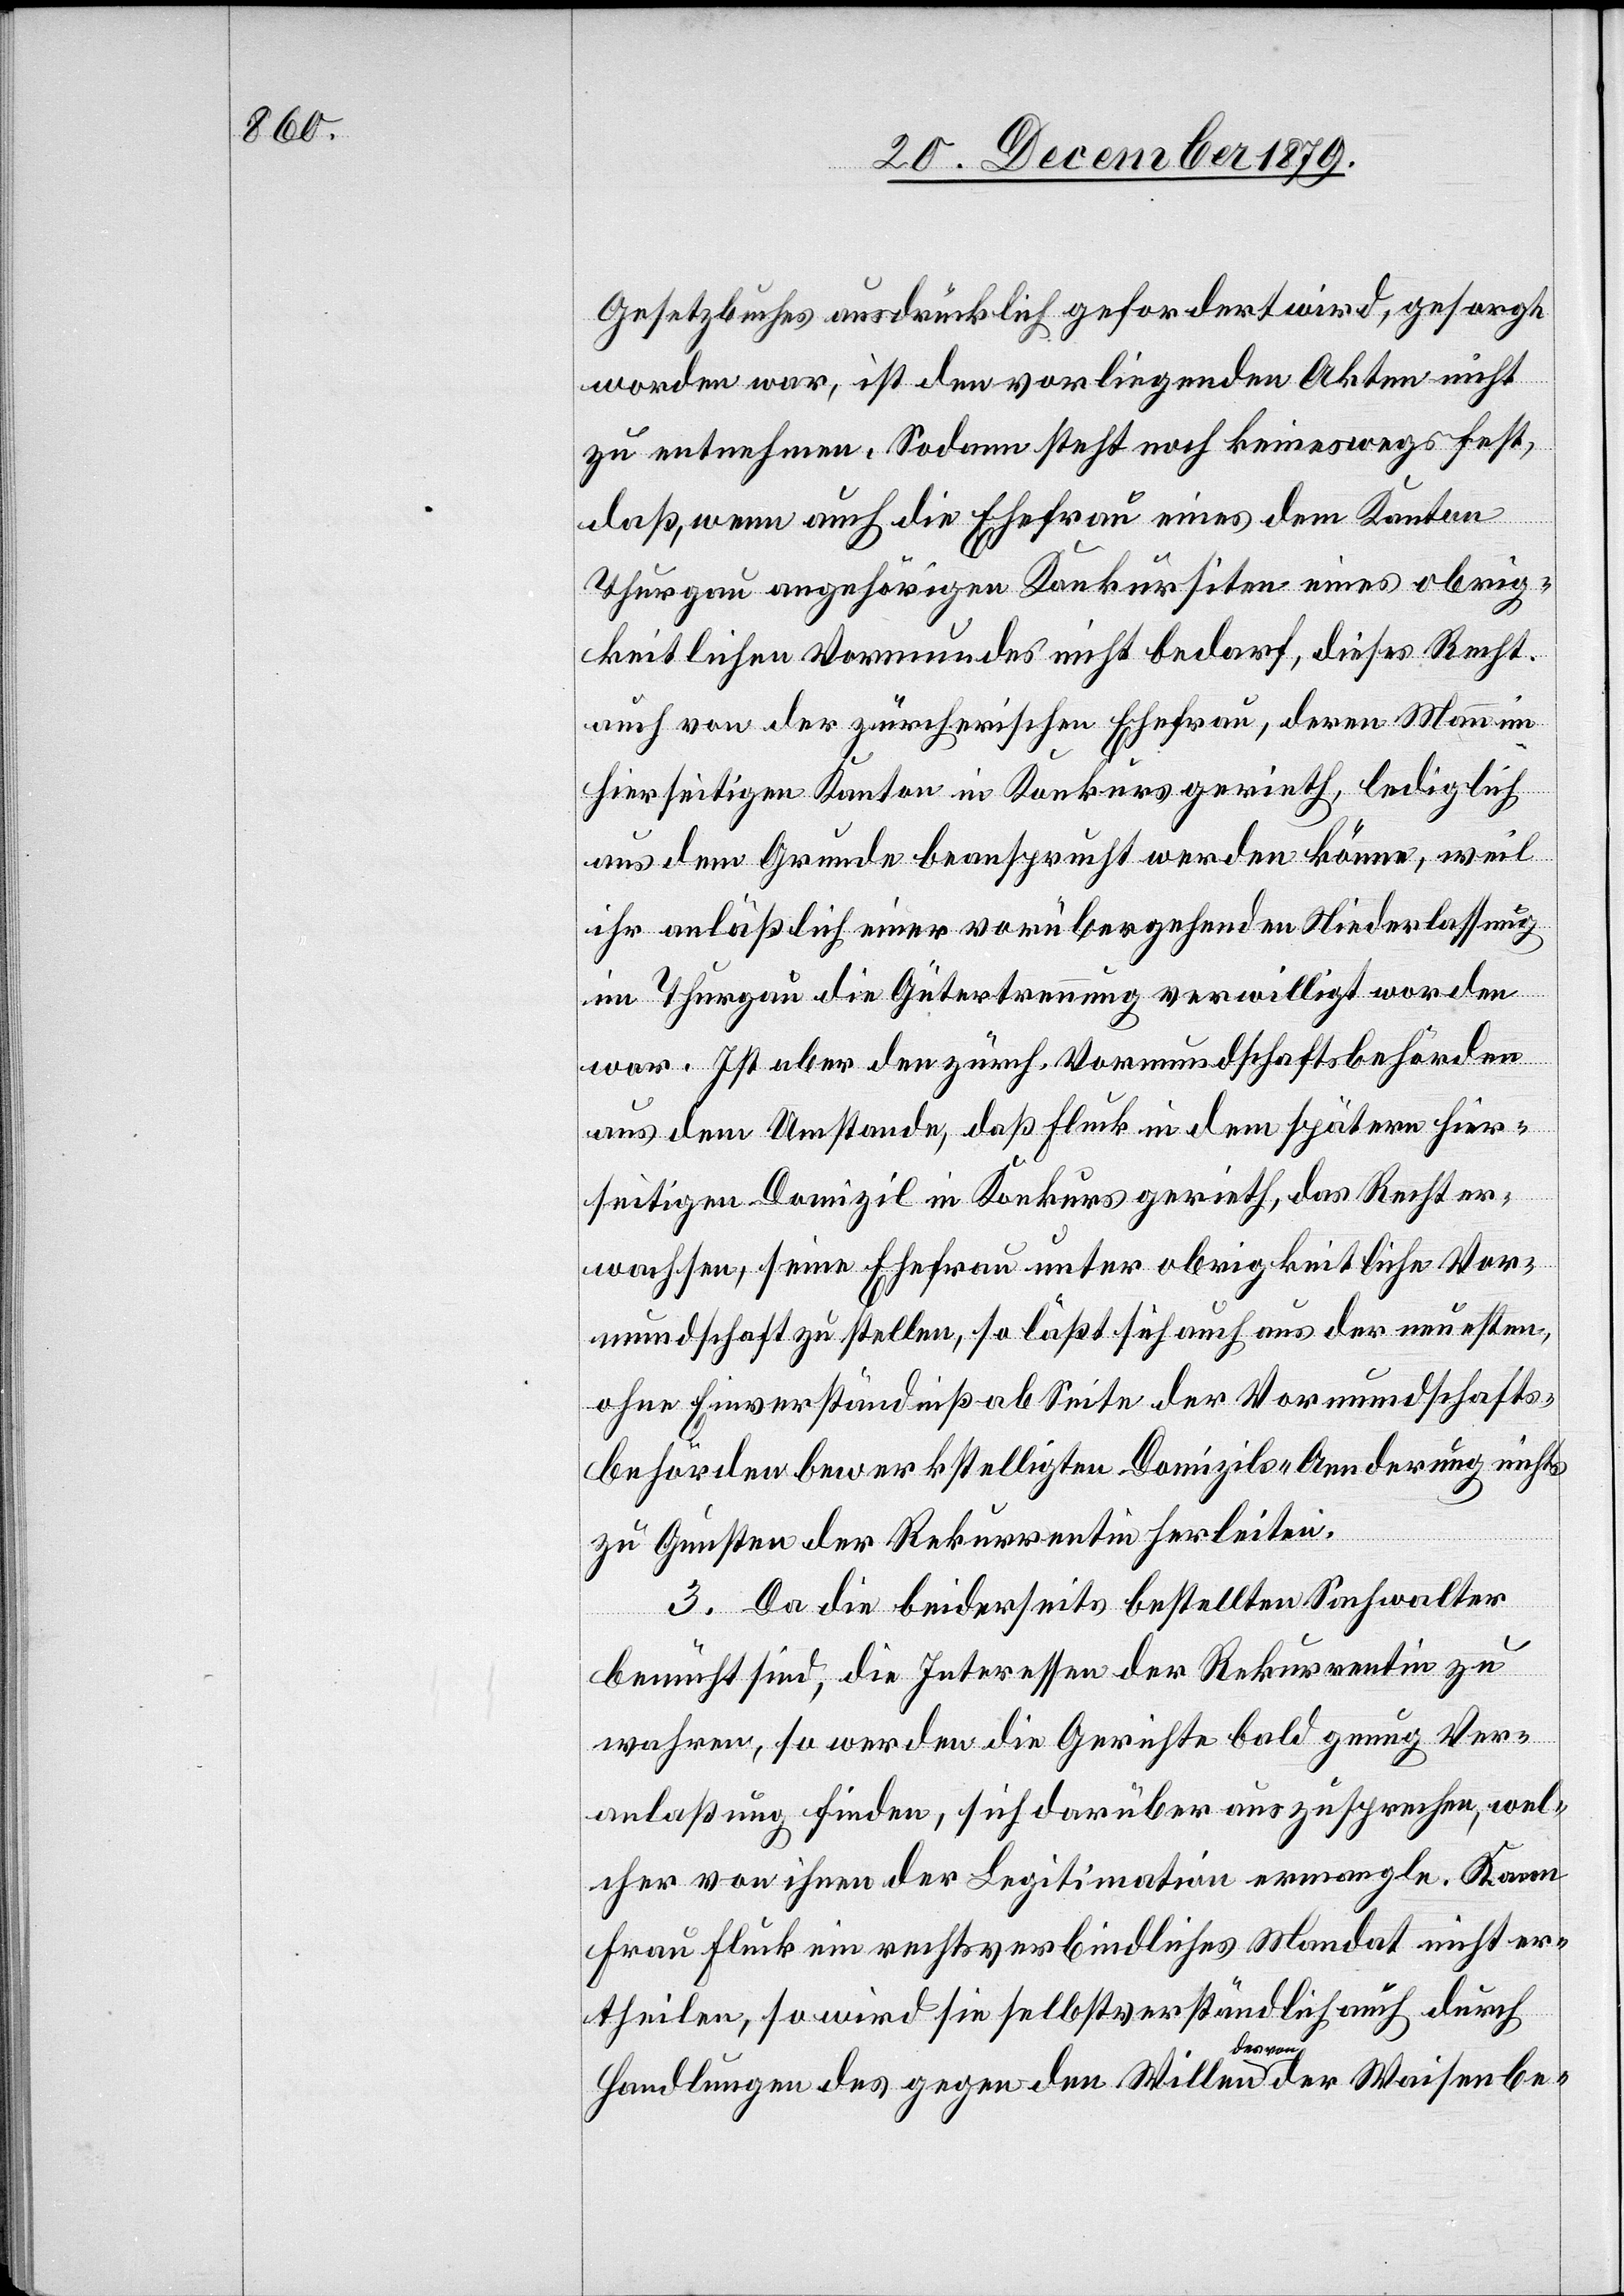
Gesetzbuches ausdrücklich gefordert wird, gesorgt
worden war, ist den vorliegenden Akten nicht
zu entnehmen. Sodann steht noch keineswegs fest,
daß, wenn auch die Ehefrau eines dem Kanton
Thurgau angehörigen Konkursiten eines obrig¬
keitlichen Vormundes nicht bedarf, dieses Recht
auch von der zürcherischen Ehefrau, deren Mann im
hierseitigen Kanton in Konkurs geriet, lediglich
aus dem Grunde beansprucht werden könne, weil
ihr anläßlich einer vorübergehenden Niederlassung
im Thurgau die Gütertrennung verwilligt worden
war. Ist aber den zürch. Vormundschaftsbehörden
aus dem Umstande, daß Fluck in dem spätern hier¬
seitigen Domizil in Konkurs gerieth, das Recht er¬
wachsen, seine Ehefrau unter obrigkeitliche Vor¬
mundschaft zu stellen, sie läßt sich auch aus der neuesten,
ohne Einverständniß ab Seite der Vormundschafts¬
behörden bewerkstelligten Domizils-Aenderung nichts
zu Gunsten der Rekurrentin herleiten.
3. Da die beiderseits bestellten Sachwalter
bemüht sind, die Interessen der Rekurrentin zu
wahren, so werden die Gerichte bald genug Ver¬
anlaßung finden, sich darüber auszusprechen, wel¬
cher von ihnen der Legitimation ermangle. Kann
Frau Fluck ein rechtsverbindliches Mandat nicht er¬
theilen, so wird sie selbstverständlich auch durch
Handlungen des gegen den Willen des von der Waisenbe-